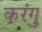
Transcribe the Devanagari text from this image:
करंगु